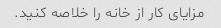
مزایای کار از خانه را خلاصه کنید.